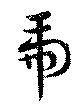
虎